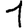
Digit: 1